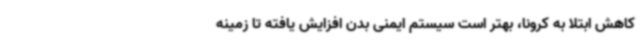
کاهش ابتلا به کرونا، بهتر است سیستم ایمنی بدن افزایش یافته تا زمینه